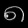
Digit: ၈